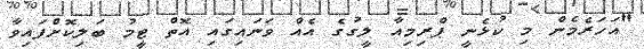
"އަހަރެމެން މި ކުޅެނީ ޕްރިމިއާ ލީގުގެ އެއް ވަނައިގައި އޮތް ޓީމު ބަލިކޮށްފައިވާ